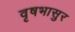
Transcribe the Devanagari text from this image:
वृषभासुर